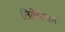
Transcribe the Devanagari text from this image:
तिबेरियम